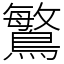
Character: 𪄴